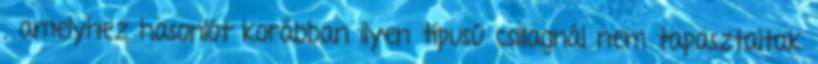
, amelyhez hasonlót korábban ilyen típusú csillagnál nem tapasztaltak